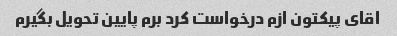
اقای پیکتون ازم درخواست کرد برم پایین تحویل بگیرم